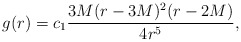
\begin{align*}g(r)={}&c_1 \frac{3 M (r - 3 M)^2 (r - 2 M)}{4 r^5},\end{align*}